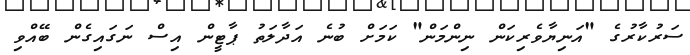
ސަރުކާރުގެ "އަނިޔާވެރިކަން ނިންމަން" ކަމަށް ބުނެ އަދާލަތު ޕާޓީން އިސް ނަގައިގެން ބޭއްވި